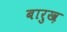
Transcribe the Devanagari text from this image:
बारुख़